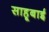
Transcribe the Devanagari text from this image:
साहूबाई